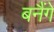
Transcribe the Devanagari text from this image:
बनैंगे